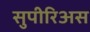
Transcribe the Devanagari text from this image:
सुपीरिअस